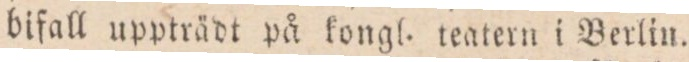
bifall uppträdt på kongl. teatern i Berlin.